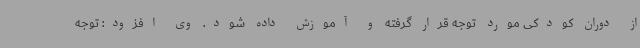
از دوران کودکی مورد توجه قرار گرفته و آموزش داده شود. وی افزود: توجه